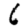
Digit: 6